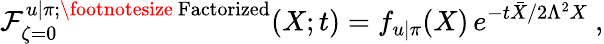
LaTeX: {\cal F}_{\zeta=0}^{u|\pi;{\mathrm{\footnotesize~Factorized}}}(X;t)=f_{u|\pi}(X)\, e^{-t\bar{X}/2\Lambda^{2}X}\ ,